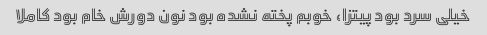
خیلی سرد بود پیتزا، خوبم پخته نشده بود نون دورش خام بود کاملا